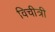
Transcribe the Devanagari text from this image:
विचीत्री